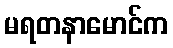
မရတနာမောင်က